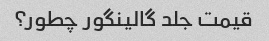
قیمت جلد گالینگور چطور؟